Statistics compiled by the Government of India from the reports of provincial Civil Veterinary Departments
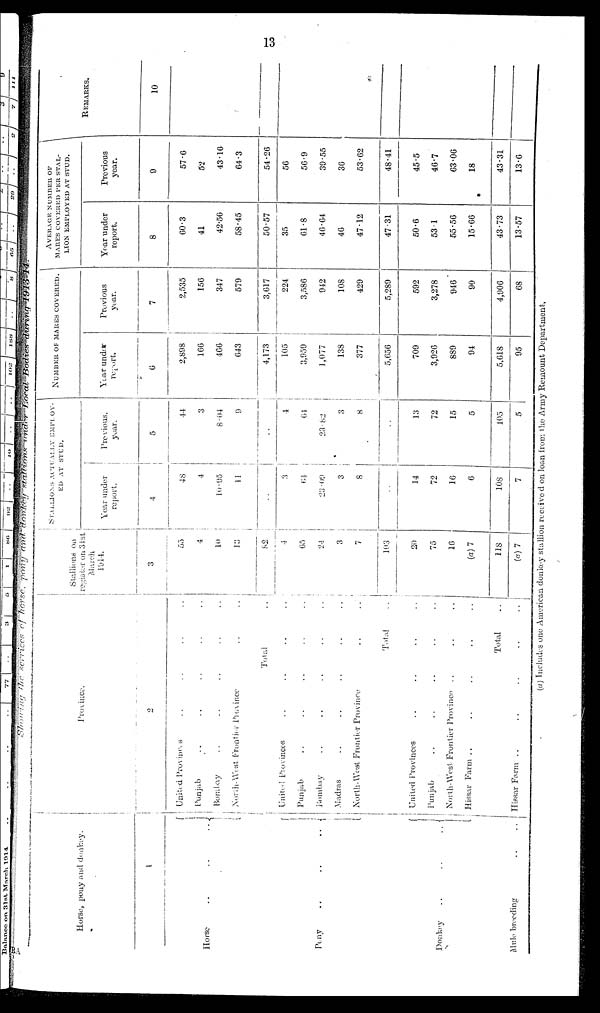
13
Showing the services of horse, pony and donkey stallions under Local Bodies during
1913-14.
Horse, pony and donkey.
1
Horse
..
..
..
Pony
..
..
..
Donkey
..
..
..
Mule breeding .. ..
Province.
2
United Provided .. .. ..
Punjab .. .. .. ..
Bombay .. .. ..
North-West
Frontier province .. ..
Total ..
United Provinces .. .. ..
Punjab .. .. .. ..
Bombay .. .. ..
Madras .. .. .. ..
North-West Frontier Province .. ..
Total ..
United Provinces .. .. .. ..
Punjab .. .. .. .. ..
North-West Frontier Province .. ..
Hissar Farm .. .. .. ..
Total ..
Hissar Farm ..
..
..
..
..
Stallions on
register on 31st
March
1914.
3
55
4
10
13
82
4
65
24
3
7
103
20
75
16
(a) 7
118
(a) 7
STALLIONS ACTUALLY EMPLOY-
EU AT STUD.
Year under
report.
4
48
4
10.95
11
..
3
64
23.69
3
8
14
72
16
6
108
7
Previous.
year.
5
44
3
8.04
9
..
4
64
23.82
3
8
13
72
15
5
105
5
AVERAGE NUMBER OF
Year under
report.
6
2,898
166
466
643
4,173
105
3,959
1,077
138
377
5,656
709
3,926
889
94
5,618
95
Previous
year.
7
2,535
156
347
579
3,617
224
3,586
942
108
429
5,289
592
3,278
946
90
4,906
68
AVERAGE NUMBER OF
MARES COVERED PER STAL-
LION EMPLOYED AT
STUD.
Year under
report.
8
60.3
41
42.56
58.45
50.57
35
61.8
46.64
46
47.12
47.31
50.6
53 1
55.56
15.66
43.73
13.57
Previous
year.
9
57.6
52
43.16
64.3
54.26
56
56.9
39.55
36
53.62
48.41
45.5
46.7
63.06
18
4.31
13.6
REMARKS.
10
(a) Includes one American donkey stallion receive d on loan from the Army Remount Department,